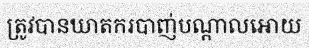
ត្រូវបានឃាតករបាញ់បណ្តាលអោយ